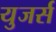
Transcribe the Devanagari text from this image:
युजर्स